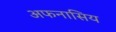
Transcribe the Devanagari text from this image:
अफनासिय